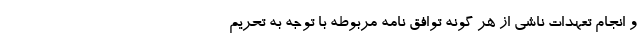
و انجام تعهدات ناشی از هر گونه توافق نامه مربوطه با توجه به تحریم